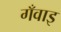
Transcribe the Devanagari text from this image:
गँवाइ